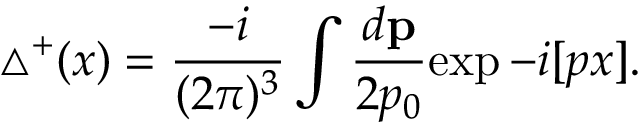
{ \triangle } ^ { + } ( x ) = \frac { - i } { ( 2 \pi ) ^ { 3 } } \int \frac { d { \bf p } } { 2 p _ { 0 } } { \exp - i [ p x ] } .